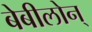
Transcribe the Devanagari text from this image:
बेबीलोन्